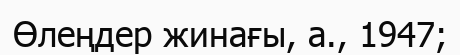
Өлеңдер жинағы, а., 1947;